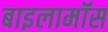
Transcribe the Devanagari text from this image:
बाइलामॉस